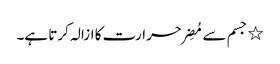
٭ جسم سے مُضِر حرارت کا ازالہ کرتا ہے۔